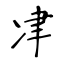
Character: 冿